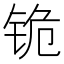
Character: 𰽺